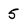
Character: 5